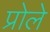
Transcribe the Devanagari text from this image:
प्रोले